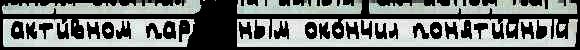
акт'и́вном парт'и́йным око́нчил пон'ят'и́йный